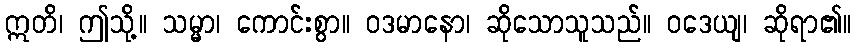
ဣတိ၊ ဤသို့။ သမ္မာ၊ ကောင်းစွာ။ ဝဒမာနော၊ ဆိုသောသူသည်။ ဝဒေယျ၊ ဆိုရာ၏။